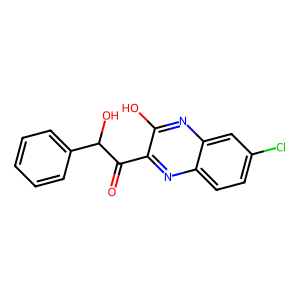
SMILES: O=C(c1nc2ccc(Cl)cc2nc1O)C(O)c1ccccc1
Inhibits HIV replication: No